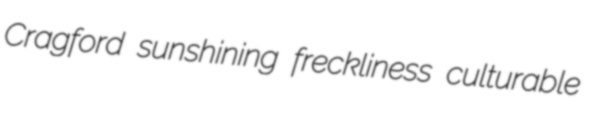
Cragford sunshining freckliness culturable